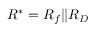
R ^ { * } = R _ { f } | | R _ { D }